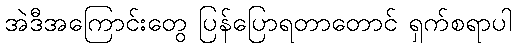
အဲဒီအကြောင်းတွေ ပြန်ပြောရတာတောင် ရှက်စရာပါ